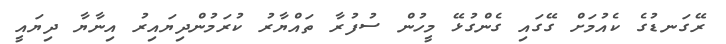
ރޭގަނޑުގެ ކެއުމަށް ގޭގައި ގެންގުޅޭ މީހުން ސުފުރާ ތައްޔާރު ކުރަމުންދިޔައިރު އިނާޔާ ދިޔައީ